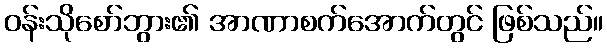
ဝန်းသိုစော်ဘွား၏ အာဏာစက်အောက်တွင် ဖြစ်သည်။